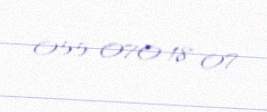
055 070 18 07